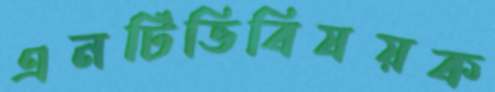
এনটিভিবিষয়ক